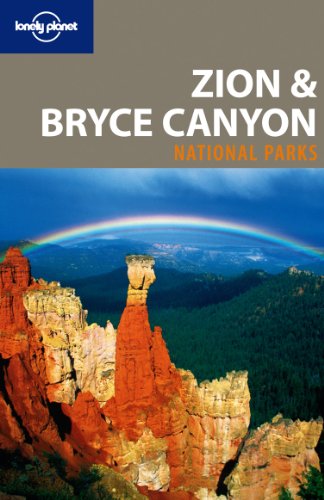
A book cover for Lonely Planet Zion & Bryce Canyon National Parks (Travel Guide); Lonely Planet; Travel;